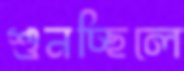
শুনচ্ছিলে